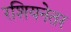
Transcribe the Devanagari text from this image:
रशियनेतर